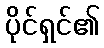
ပိုင်ရှင်၏